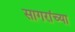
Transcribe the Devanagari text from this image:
सागरांच्या